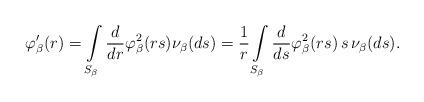
LaTeX: \begin{align*}\varphi_\beta'(r)=\int\limits_{S_\beta}\frac{d}{dr}\varphi_\beta^2(rs)\nu_\beta(ds)=\frac{1}{r}\int\limits_{S_\beta}\frac{d}{ds}\varphi_\beta^2(rs)\,s\,\nu_\beta(ds).\end{align*}